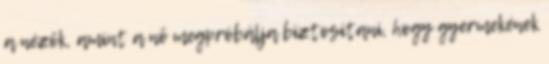
a nézők, amint a nő megpróbálja biztosítani, hogy gyermekének